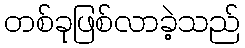
တစ်ခုဖြစ်လာခဲ့သည်